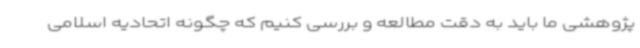
پژوهشی ما باید به دقت مطالعه و بررسی کنیم که چگونه اتحادیه اسلامی